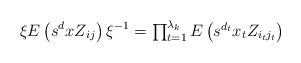
LaTeX: \begin{align*} \xi E\left(s^d xZ_{ij}\right) {\xi}^{-1} =\textstyle{\prod_{t=1}^{\lambda_k} E\left(s^{d_t}x_tZ_{i_tj_t}\right)}\end{align*}